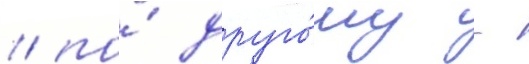
/ по́ друго́му -